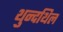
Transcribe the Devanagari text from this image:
थुन्दथिल